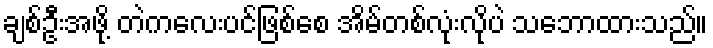
ချစ်ဦးအဖို့ တဲကလေးပင်ဖြစ်စေ အိမ်တစ်လုံးလိုပဲ သဘောထားသည်။